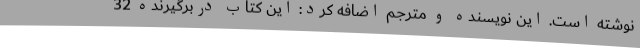
نوشته است. این نویسنده و مترجم اضافه کرد: این کتاب دربرگیرنده 32